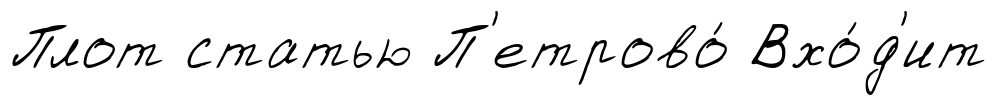
Плот статью П'етрово́ Вхо́д'ит